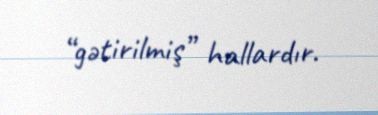
“gətirilmiş” hallardır.